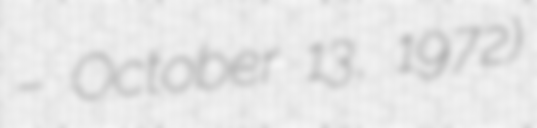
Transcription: – October 13, 1972)